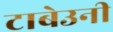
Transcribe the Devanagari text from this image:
टाबेउनी